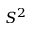
S ^ { 2 }